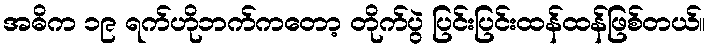
အဓိက ၁၉ ရက်ဟိုဘက်ကတော့ တိုက်ပွဲ ပြင်းပြင်းထန်ထန်ဖြစ်တယ်။